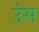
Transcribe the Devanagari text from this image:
उंस